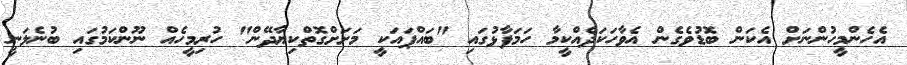
އެހެންމީހުންނަށް އެކަން ބޮޑުވެގެން އެވާހަކަދެއްކީމާ ހަމަފާޅުގައި "ބައްޕައަކީ މަށަށްގޮތްކިޔާދޭން" ހުރިމީހެއް ނޫންކަމުގައި ބުނެލަނީ